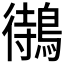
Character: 𪃝